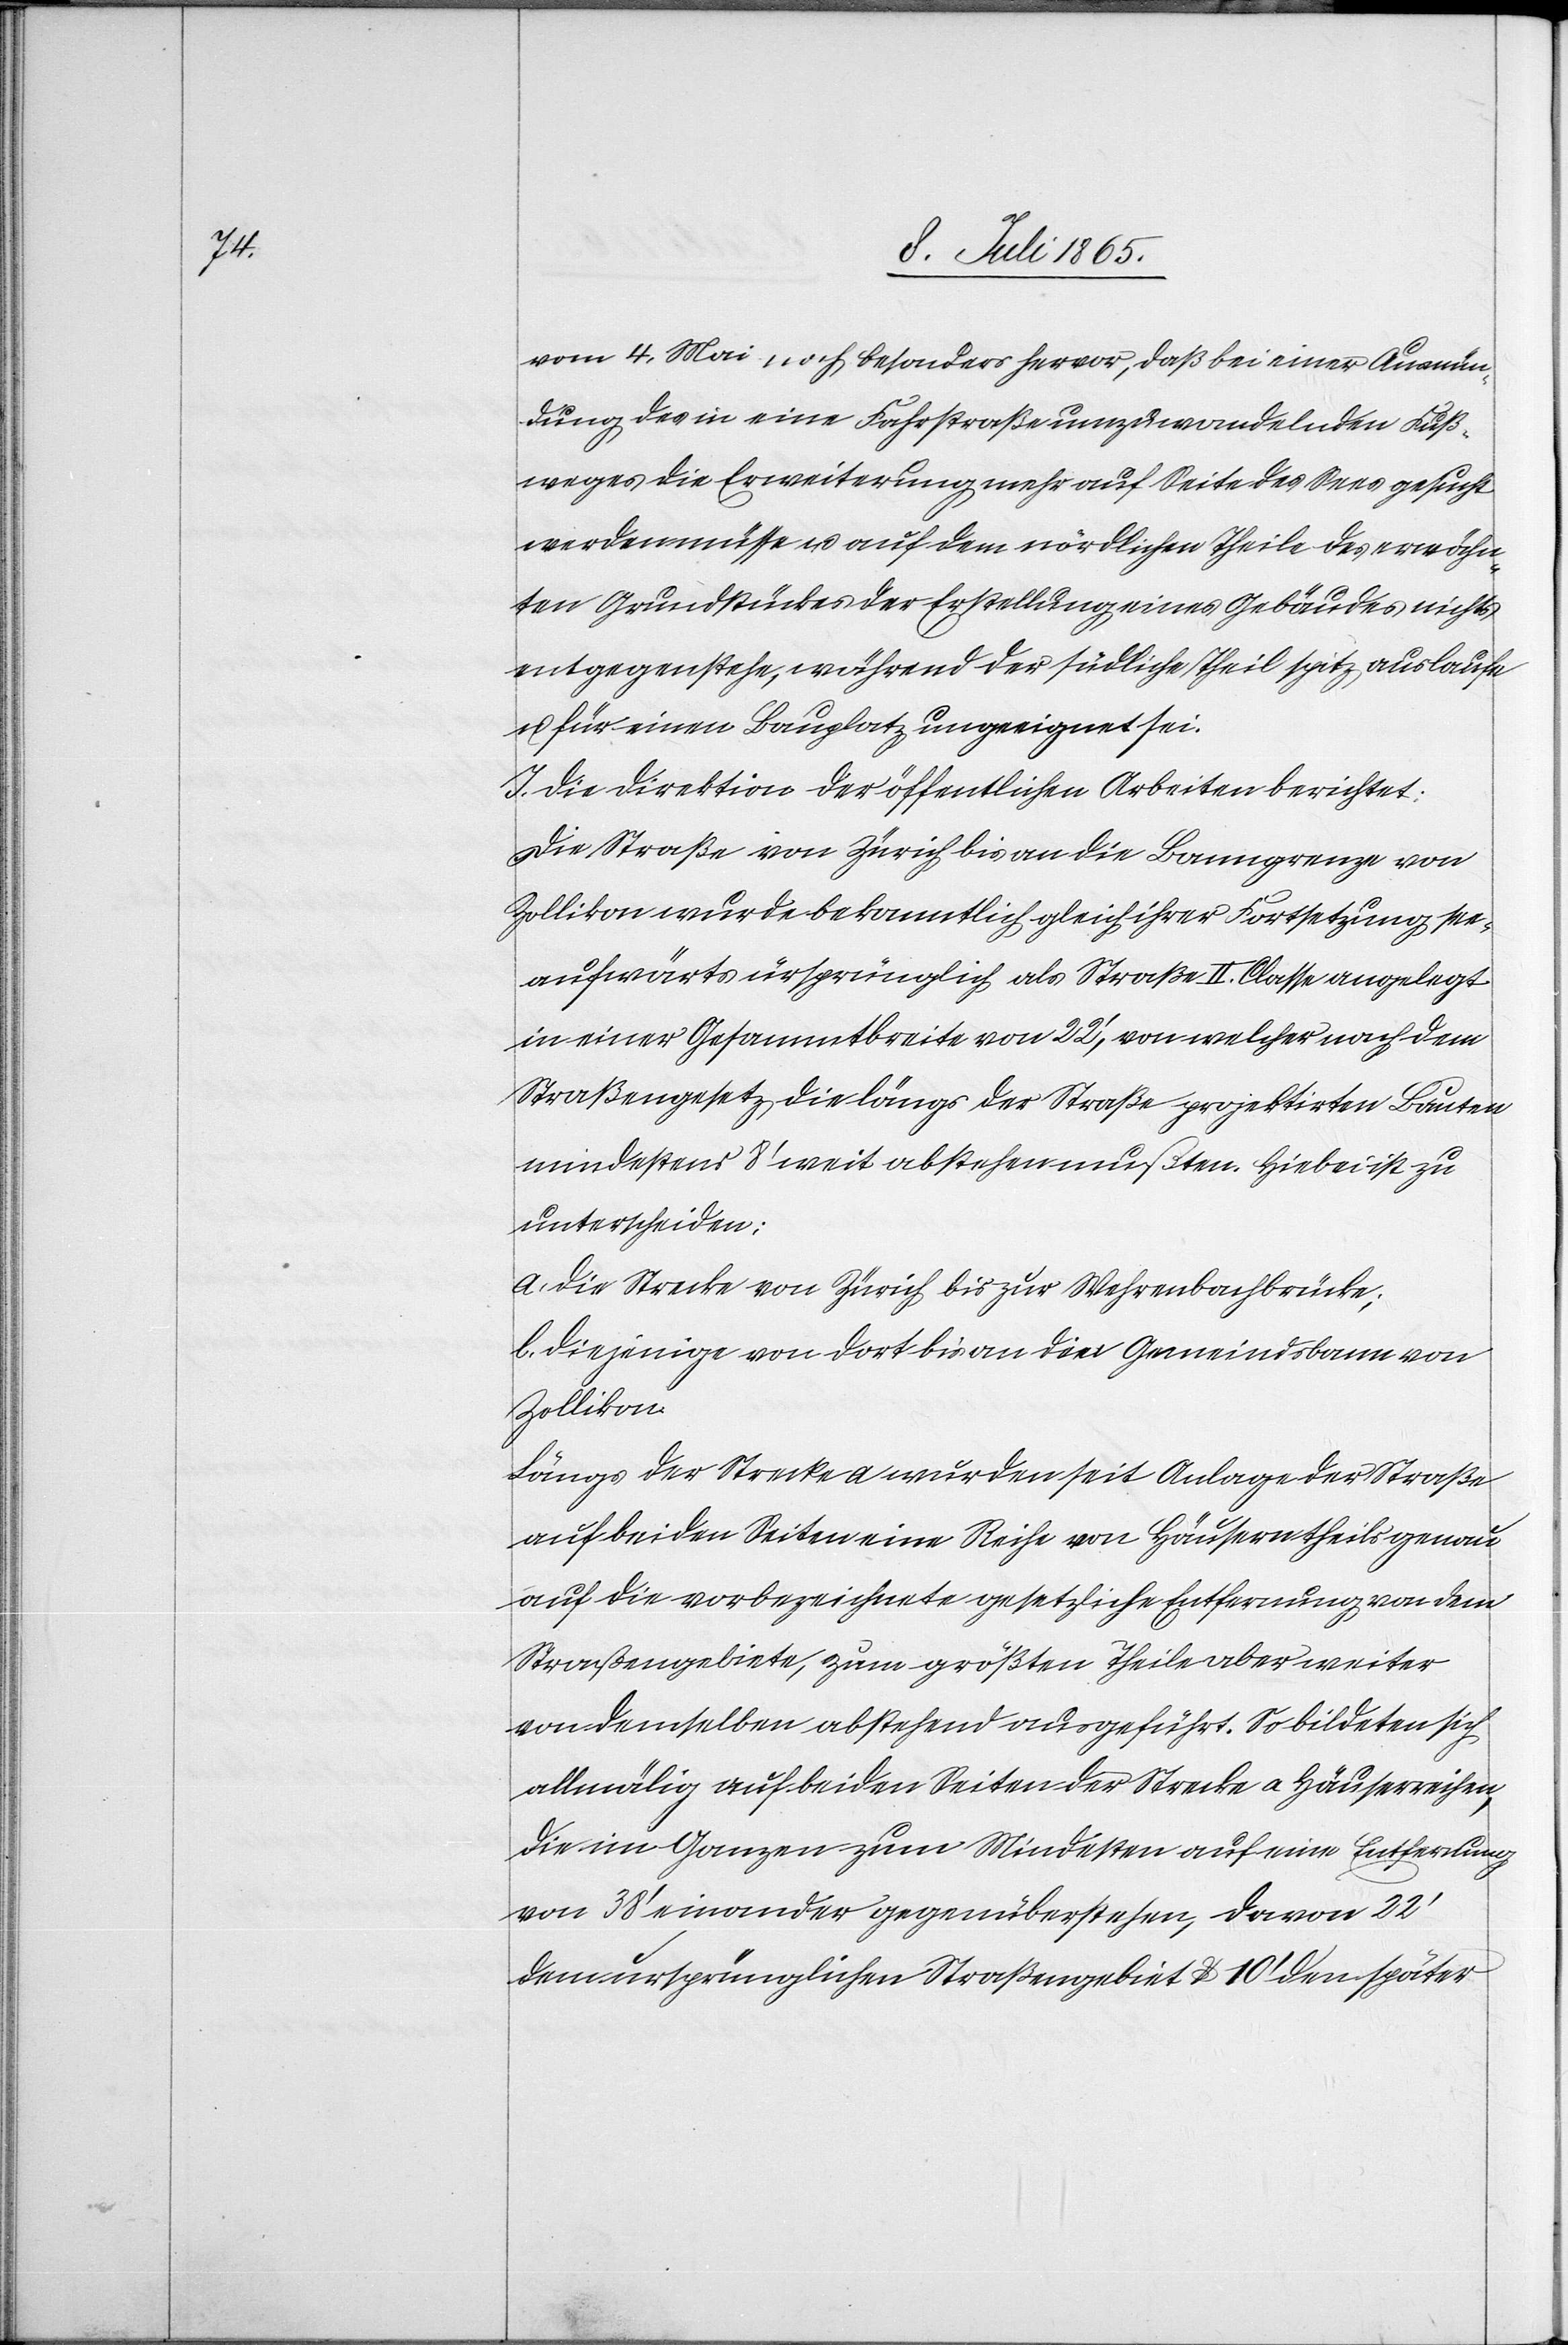
vom 4. Mai noch besonders hervor, daß bei einer Ausmün¬
dung des in eine Fahrstraße umzuwandelnden Fuß¬
weges die Erweiterung mehr auf Seite des Sees gesucht
werden müsse u. auf dem nördlichen Theile des erwähn¬
ten Grundstückes der Erstellung eines Gebäudes nichts
entgegenstehe, während der südliche Theil spitz auslaufe
u. für einen Bauplatz ungeeignet sei.
J. Die Direktion der öffentlichen Arbeiten berichtet:
Die Straße von Zürich bis an die Banngrenze von
Zollikon wurde bekanntlich gleich ihrer Fortsetzung see¬
aufwärts ürsprünglich als Straße II. Classe angelegt
in einer Gesammtbreite von 22’, von welcher nach dem
Straßengesetz die längs der Straße projektirten Bauten
mindestens 8’ weit abstehen mußten. Hiebei ist zu
unterscheiden:
a. die Strecke von Zürich bis zur Wehrenbachbrücke;
b. diejenige von dort bis an den Gemeindsbann von
Zollikon.
Längs der Strecke a wurden seit Anlage der Straße
auf beiden Seiten eine Reihe von Häusern theils genau
auf die vorbezeichnete gesetzliche Entfernung von dem
Straßengebiete, zum größten Theile aber weiter
von demselben abstehend ausgeführt. So bildeten sich
allmälig auf beiden Seiten der Strecke a Häuserreihen,
die im Ganzen zum Mindesten auf eine Entfernung
von 38’ einander gegenüberstehen, davon 22’
dem ursprünglichen Straßengebiet u. 10’ den später